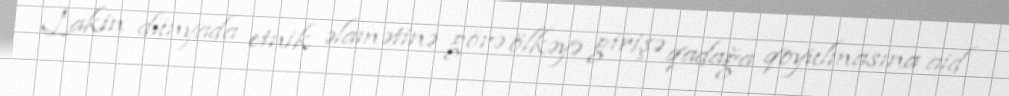
Lakin dünyada etnik əlamətinə görə ölkəyə girişə qadağa qoyulmasına aid